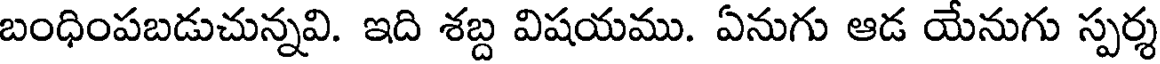
బంధింపబడుచున్నవి. ఇది శబ్ద విషయము. ఏనుగు ఆడ యేనుగు స్పర్శ